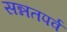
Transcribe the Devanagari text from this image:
सन्नतपर्व